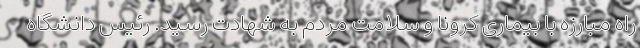
راه مبارزه با بیماری کرونا و سلامت مردم به شهادت رسید. رئیس دانشگاه